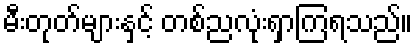
မီးတုတ်များနှင့် တစ်ညလုံးရှာကြရသည်။